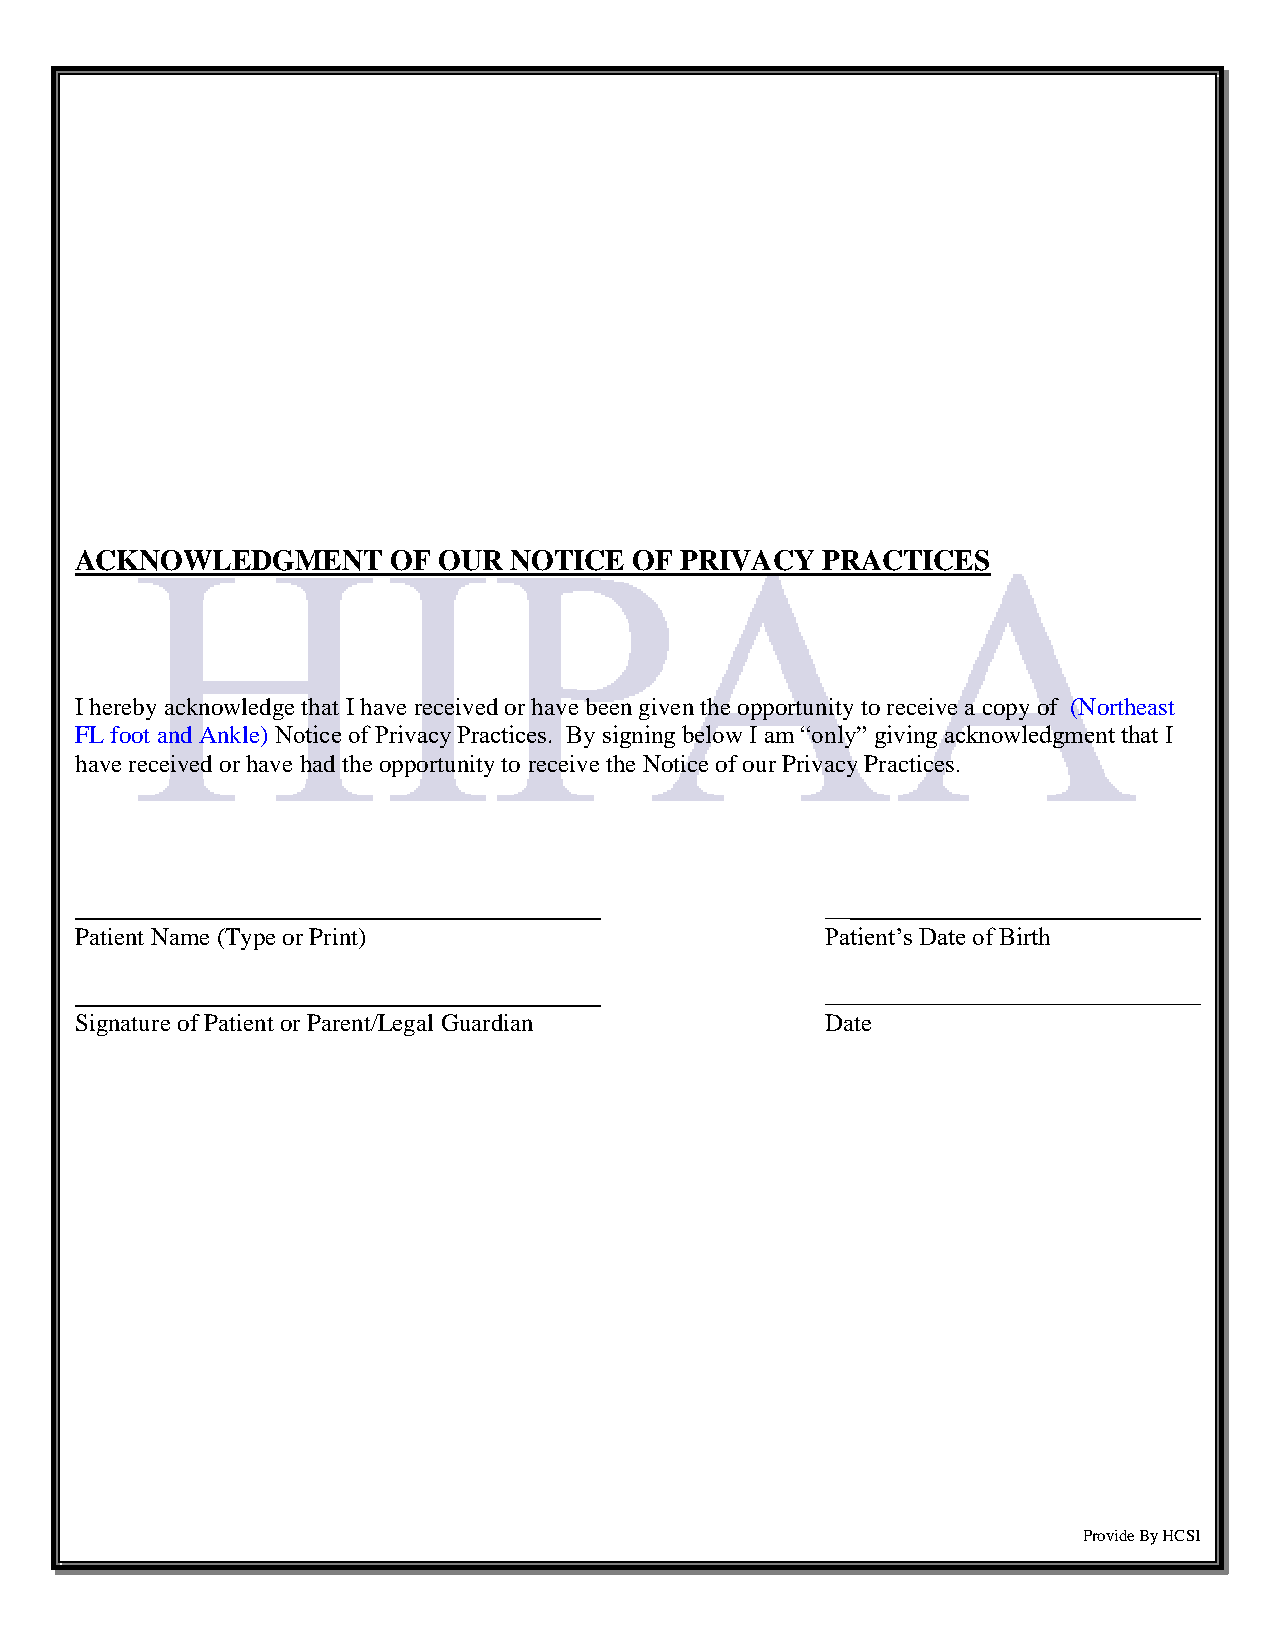
ACKNOWLEDGMENT       OF OUR  NOTICE  OF PRIVACY  PRACTICES
 I hereby acknowledge that I have received or have been given the opportunity to receive a copy of (Northeast
 FL foot and Ankle) Notice of Privacy Practices. By signing below I am “only” giving acknowledgment that I
 have received or have had the opportunity to receive the Notice of our Privacy Practices.
 __               _________
 Patient Name (Type or Print)                      Patient’s Date of Birth
 ______________________________
 Signature of Patient or Parent/Legal Guardian     Date
 Provide By HCSI